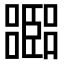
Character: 𡂨